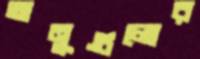
অনুগুলোর